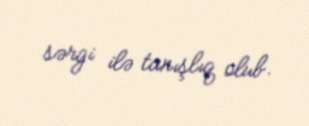
sərgi ilə tanışlıq olub.